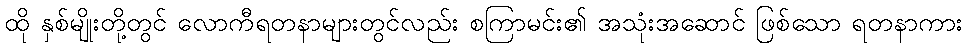
ထို နှစ်မျိုးတို့တွင် လောကီရတနာများတွင်လည်း စကြာမင်း၏ အသုံးအဆောင် ဖြစ်သော ရတနာကား